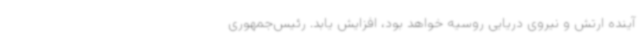
آینده ارتش و نیروی دریایی روسیه خواهد بود، افزایش یابد. رئیس‌جمهوری